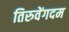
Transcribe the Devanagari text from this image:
तिरुवेंगदम